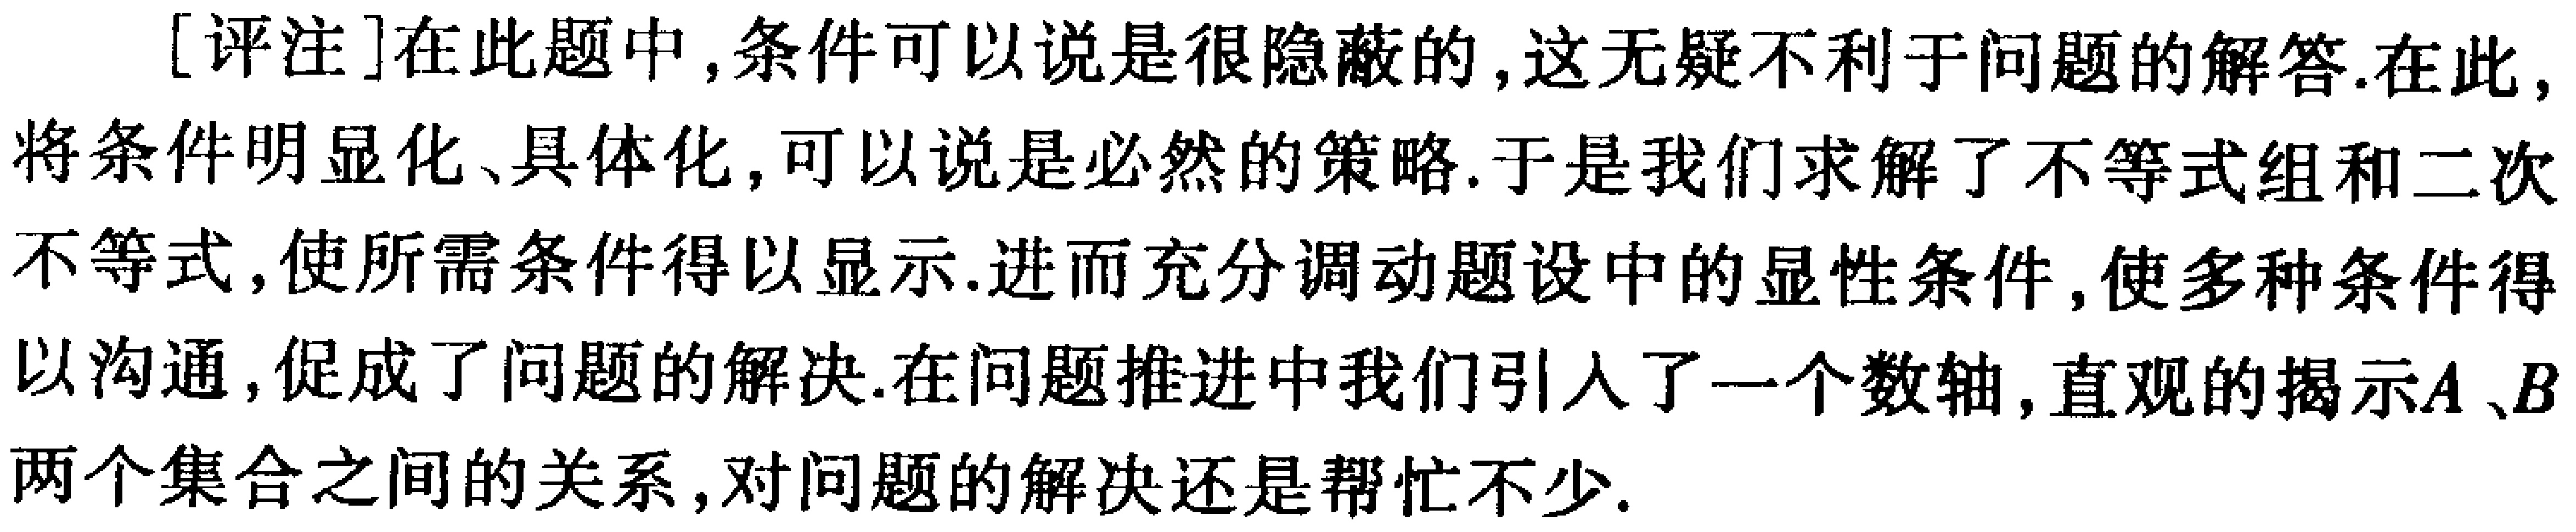
[评注]在此题中,条件可以说是很隐蔽的,这无疑不利于问题的解答.在此,将条件明显化、具体化,可以说是必然的策略.于是我们求解了不等式组和二次不等式,使所需条件得以显示.进而充分调动题设中的显性条件,使多种条件得以沟通,促成了问题的解决.在问题推进中我们引入了一个数轴,直观的揭示\(A\)、\(B\)两个集合之间的关系,对问题的解决还是帮忙不少.